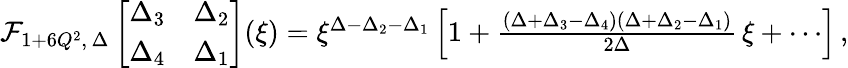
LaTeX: \begin{array}{r}{\mathcal{F}_{1+6Q^{2},\, \Delta}\left[\begin{array}{ll}{\Delta_{3}}&{\Delta_{2}}\\ {\Delta_{4}}&{\Delta_{1}}\end{array}\right](\xi)=\xi^{\Delta-\Delta_{2}-\Delta_{1}}\left[1+{\frac{(\Delta+\Delta_{3}-\Delta_{4})(\Delta+\Delta_{2}-\Delta_{1})}{2\Delta}}\, \xi+\cdots\right]\, ,}\end{array}